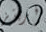
فريتز